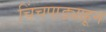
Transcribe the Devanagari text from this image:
चिंचपाड्याहून